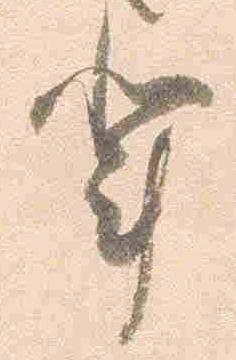
輩